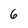
Character: 6